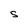
Character: S